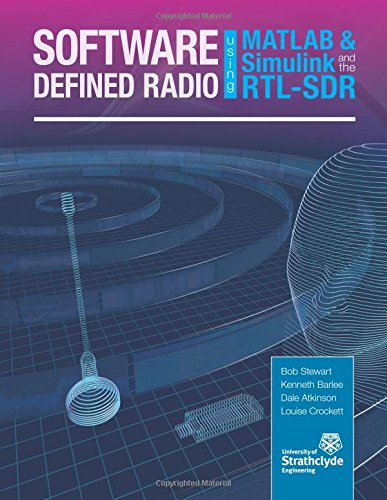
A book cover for Software Defined Radio using MATLAB & Simulink and the RTL-SDR; Robert W Stewart; Crafts, Hobbies & Home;